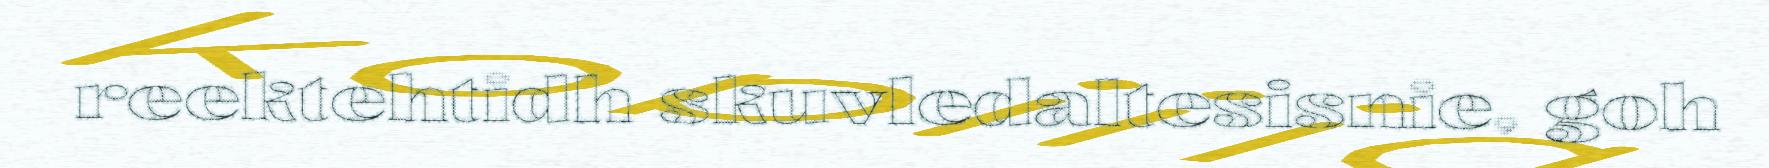
reektehtidh skuvledaltesisnie, goh